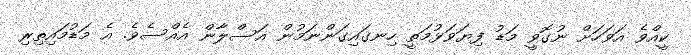
ކީއްވެ އަވަހަށް ނުގޮވީ މަޑު ފިޔަވަޅުމަތީ ހިނގައިގަންނަމުން އަސްލާން އެއްސެވެ. އެ މަޑުމައިތިރި